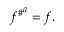
{ f ^ { \# } } ^ { a } = f .